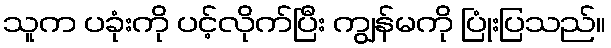
သူက ပခုံးကို ပင့်လိုက်ပြီး ကျွန်မကို ပြုံးပြသည်။